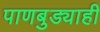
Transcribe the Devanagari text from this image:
पाणबुड्याही